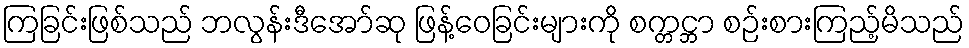
ကြခြင်းဖြစ်သည် ဘလွန်းဒီအော်ဆု ဖြန့်ဝေခြင်းများကို စက္တင္ဘာ စဉ်းစားကြည့်မိသည်